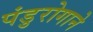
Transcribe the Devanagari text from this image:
पंडुरोगाने